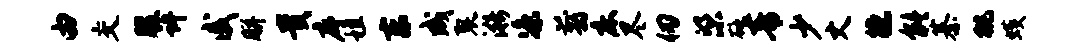
由交腹许戚胼贵序租东成裂漪凉翦床尽仞梁砭青少丈德能綦挑蠖